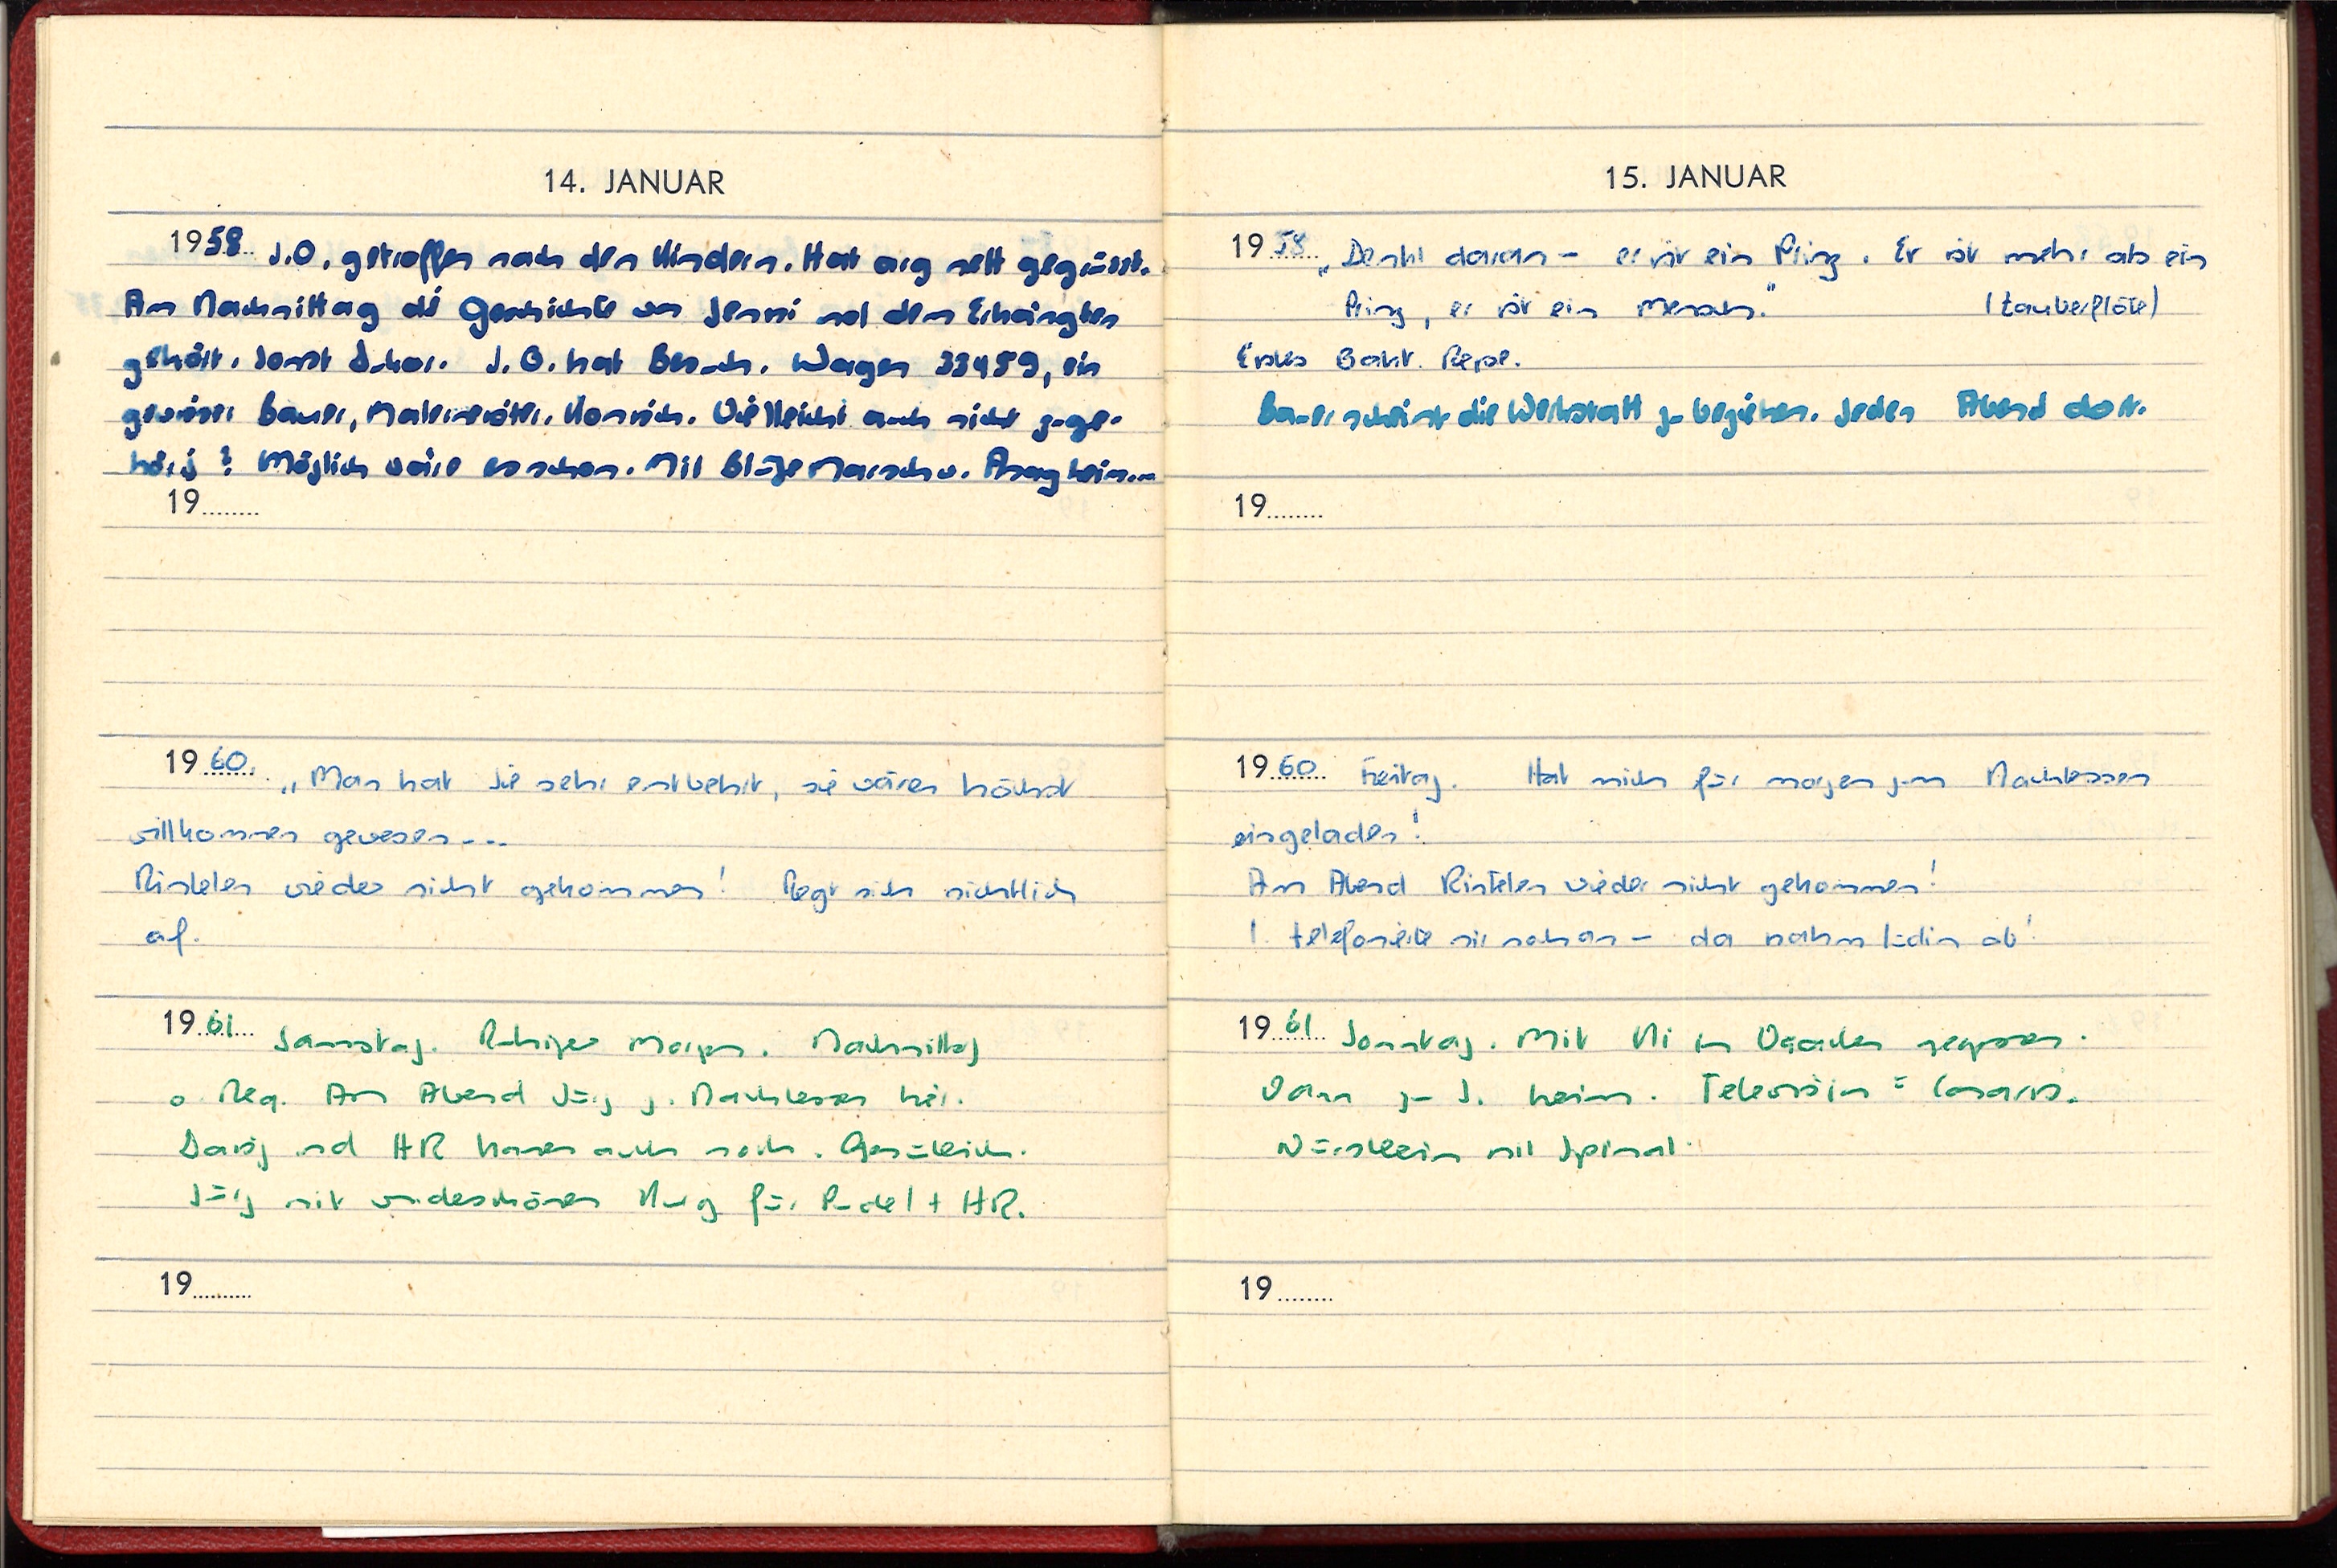
14. JANUAR
1958 I.O. getroffen nach den Kindern. Hat arg nett gegrüsst.
Am Nachmittag die Geschichte von Jenni und dem Erhängten
gehört, sonst dakor. I.O. hat Besuch. Wagen 33459, ein
gewisser Bauer, Malermeister. Komisch. Vielleicht auch nicht zuge-
hörig? Möglich wäre es schon. Mit Blaze Marschen. Asag heim ...
1960 „Man hat sie sehr entbehrt, sie wären höchst
willkommen gewesen ...
Rinlelen wieder nicht gekommen! Regt sich sichtlich
auf.
1961 Samstag. Ruhiger Morgen. Nachmittag
o. Reg. Am Abend Jürg z. Nachtessen hier.
Daisy und HR kamen auch noch. Gemütlich.
Jürg mit wunderschönem Krug für Pudel + HR.
19

15. JANUAR
1958 „Denkt daran - er ist ein Prinz. Er ist mehr als ein
(Zauberflöte)
Prinz, er ist ein Mensch.“
Erstes Bakt. Pepe.
Bauer scheint die Werkstatt zu beziehen. Jeden Abend dort.
19
1960 Freitag. Hat mich für morgen zum Nachtessen
eingeladen!
Am Abend Rintelen wieder nicht gekommen!
I. telefonierte sie noch an - da nahm Lüdin ab!
1961 Sonntag. Mit Ki im Ogaden gegessen.
Dann zu J. heim. Television = Cosaris
Würstlein mit Spinat
19